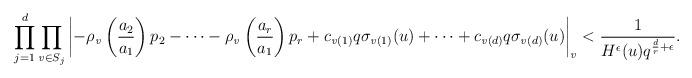
LaTeX: \begin{align*}\prod_{j=1}^d\prod_{\mathit{v}\in S_j}\left|-\rho_\mathit{v}\left(\frac{a_2}{a_1}\right)p_2-\cdots-\rho_\mathit{v}\left(\frac{a_r}{a_1}\right)p_r+c_{\mathit{v}(1)}q\sigma_{\mathit{v}(1)}(u)+\cdots+c_{\mathit{v}(d)}q\sigma_{\mathit{v}(d)}(u)\right|_{\mathit{v}}<\frac{1}{H^\epsilon(u)q^{\frac{d}{r}+\epsilon}}.\end{align*}